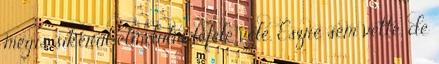
mégis sikerül elindulni lefelé vele. Észre sem vette, de